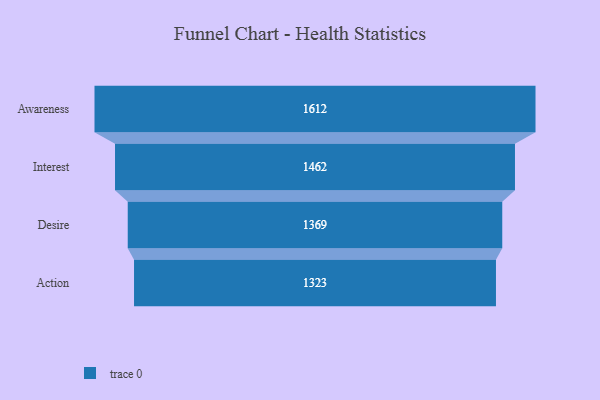
{"axis": {"x": "Stage", "y": "Value"}, "legend": [""], "data": [{"x": "Awareness", "y": 1612.0, "type": ""}, {"x": "Interest", "y": 1462.0, "type": ""}, {"x": "Desire", "y": 1369.0, "type": ""}, {"x": "Action", "y": 1323.0, "type": ""}]}